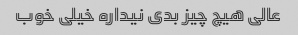
عالی هیچ چیز بدی نیداره خیلی خوب